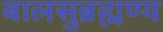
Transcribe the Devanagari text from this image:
बालसुब्रह्मण्य